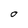
Character: O